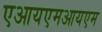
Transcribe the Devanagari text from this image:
एआयएमआयएम